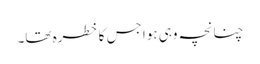
چنانچہ وہی ہوا جس کا خطرہ تھا۔